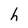
Character: h